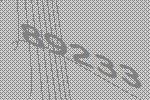
89233